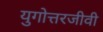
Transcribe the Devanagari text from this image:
युगोत्तरजीवी